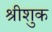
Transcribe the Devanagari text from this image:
श्रीशुक